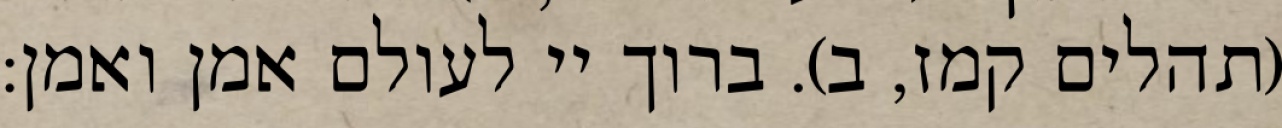
(תהלים קמז, ב). ברוך יי לעולם אמן ואמן: